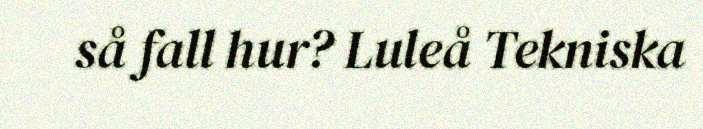
så fall hur? Luleå Tekniska